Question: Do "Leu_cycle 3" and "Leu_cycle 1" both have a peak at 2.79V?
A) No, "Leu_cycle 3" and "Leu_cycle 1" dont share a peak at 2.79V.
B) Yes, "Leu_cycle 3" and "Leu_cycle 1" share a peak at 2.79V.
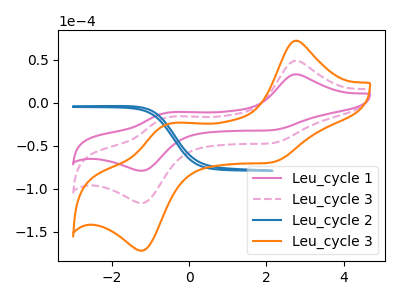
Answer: <think>The pink curve "Leu_cycle 1" has anodic peaks at (2.75V, 33.15uA) (-0.55V, -11.55uA) and cathodic peaks at (2.10V, -31.95uA) (-1.20V, -79.00uA). The pink dashed curve "Leu_cycle 3" has anodic peaks at (2.75V, 48.90uA) (-0.55V, -17.00uA) and cathodic peaks at (2.10V, -47.15uA) (-1.20V, -116.55uA). The blue curve "Leu_cycle 2" has no peaks. The orange curve "Leu_cycle 3" has anodic peaks at (2.75V, 97.85uA) (-0.55V, -34.00uA) and cathodic peaks at (2.10V, -94.30uA) (-1.20V, -233.10uA).</think>
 <answer>A) No, "Leu_cycle 3" and "Leu_cycle 1" dont share a peak at 2.79V.</answer>
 <eval>A</eval>